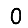
Digit: 0